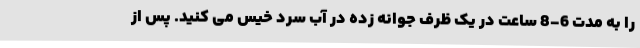
را به مدت 6-8 ساعت در یک ظرف جوانه زده در آب سرد خیس می کنید. پس از